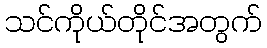
သင်ကိုယ်တိုင်အတွက်